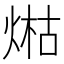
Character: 𤋹